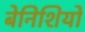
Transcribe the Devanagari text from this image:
बेनिशियो